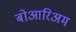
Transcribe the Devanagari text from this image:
बोआरिअम